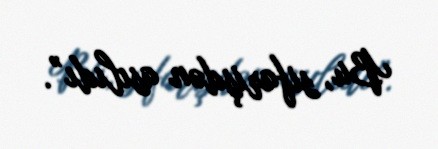
Bu, sifarişdən asılıdı”.